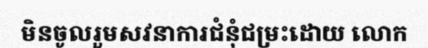
មិនចូលរួមសវនាការជំនុំជម្រះដោយ លោក